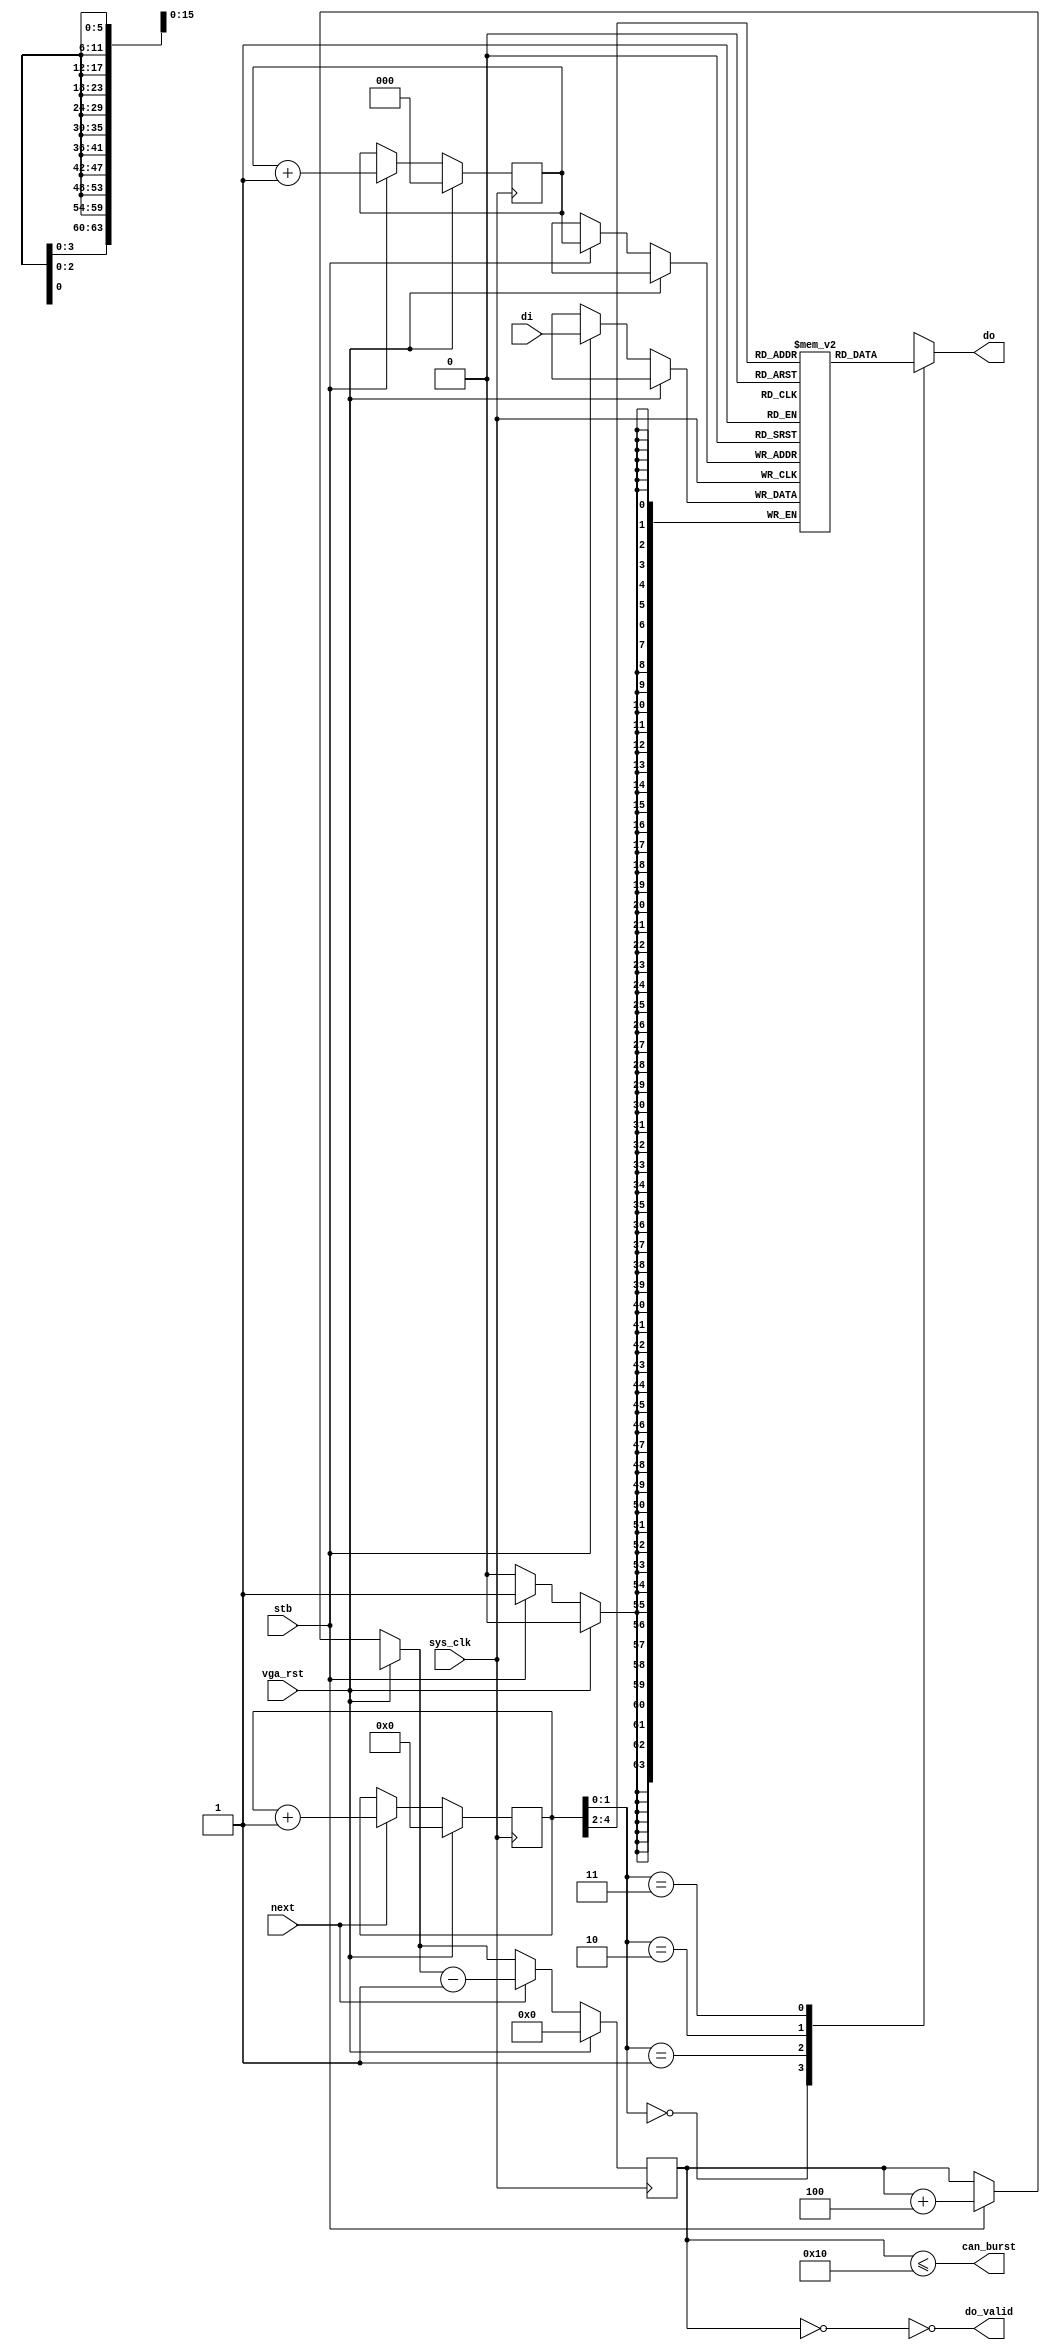
module vgafb_fifo64to16_1(
	input sys_clk,
	input vga_rst,
	input stb,
	input [63:0] di,
	output can_burst,
	output do_valid,
	output reg [15:0] do,
	input next 
);
reg [63:0] storage[0:7];
reg [2:0] produce; 
reg [4:0] consume; 
reg [5:0] level;
wire [63:0] do64;
assign do64 = storage[consume[4:2]];
always @(*) begin
	case(consume[1:0])
		2'd0: do <= do64[63:48];
		2'd1: do <= do64[47:32];
		2'd2: do <= do64[31:16];
		2'd3: do <= do64[15:0];
	endcase
end
always @(posedge sys_clk) begin
	if(vga_rst) begin
		produce = 3'd0;
		consume = 5'd0;
		level = 6'd0;
	end else begin
		if(stb) begin
			storage[produce] = di;
			produce = produce + 3'd1;
			level = level + 6'd4;
		end
		if(next) begin 
			consume = consume + 5'd1;
			level = level - 6'd1;
		end
	end
end
assign do_valid = ~(level == 6'd0);
assign can_burst = level <= 6'd16;
endmodule